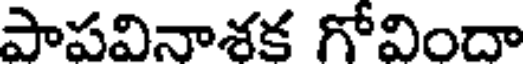
పాపవినాశక గోవిందా